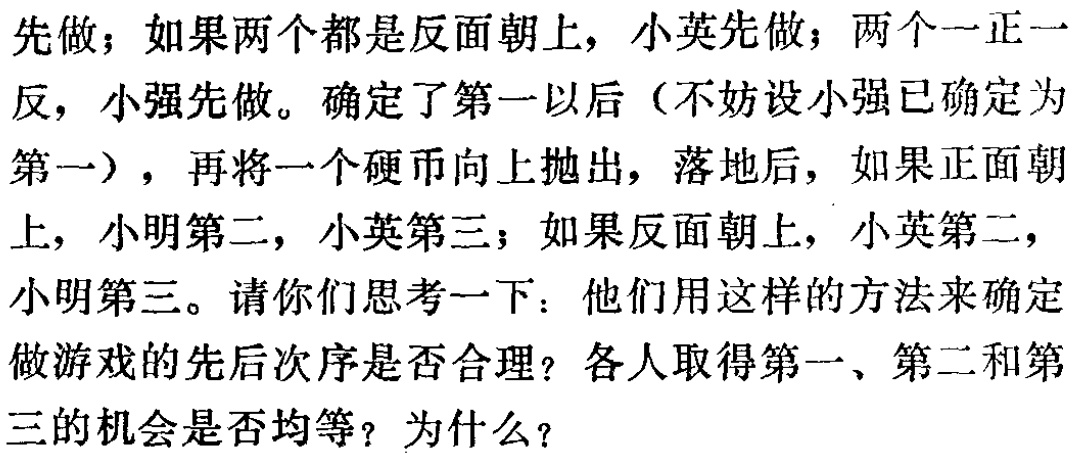
先做；如果两个都是反面朝上，小英先做；两个一正一

反，小强先做。确定了第一以后（不妨设小强已确定为

第一），再将一个硬币向上抛出，落地后，如果正面朝

上，小明第二，小英第三；如果反面朝上，小英第二，

小明第三。请你们思考一下：他们用这样的方法来确定

做游戏的先后次序是否合理？各人取得第一、第二和第

三的机会是否均等？为什么？